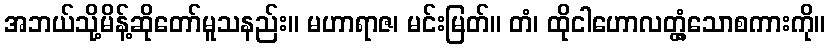
အဘယ်သို့မိန့်ဆိုတော်မူသနည်း။ မဟာရာဇ၊ မင်းမြတ်။ တံ၊ ထိုငါဟောလတ္တံ့သောစကားကို။